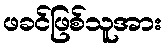
ဖခင်ဖြစ်သူအား